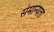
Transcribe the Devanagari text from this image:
संमान्यता